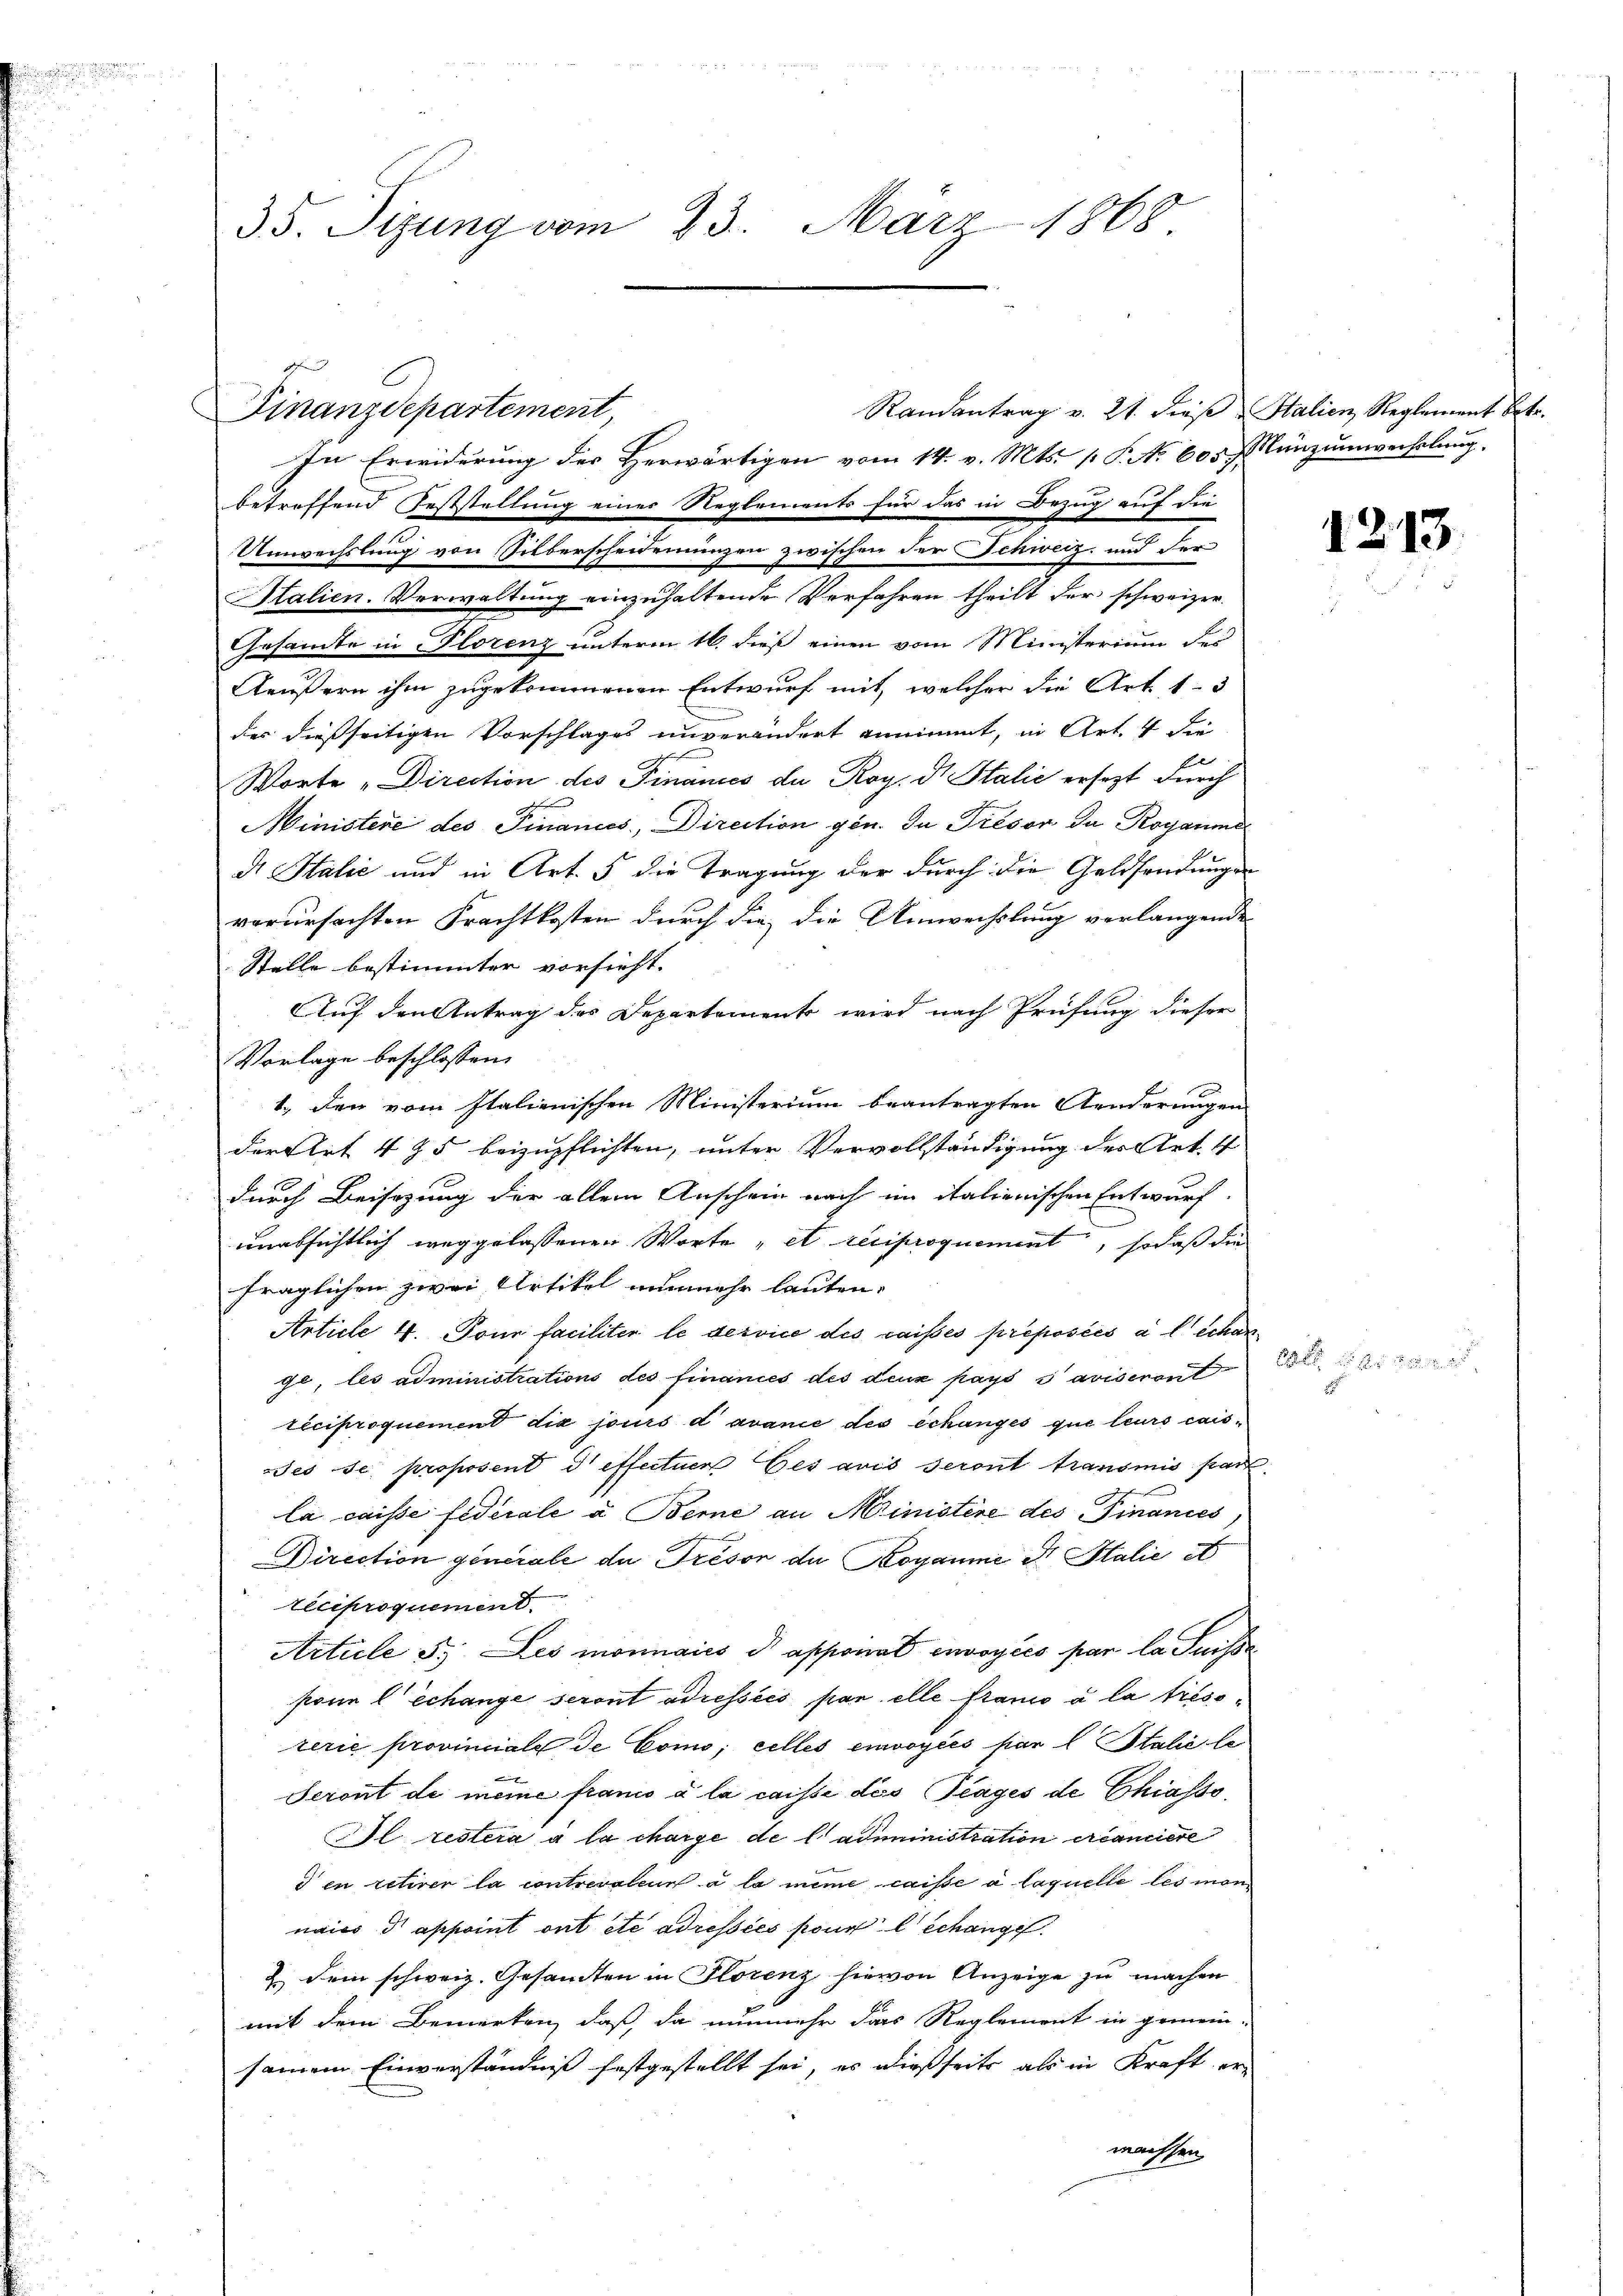
.

35. Sizung vom 23. März 1868

Finanzdepartement,

Randantrag v. 21. dieß Stalien, Reglement betr.
In Erwiderung des Herwärtigen vom 14. v. Mts. 1 P. No. 605. Münzumwechslung
betreffend Feststellung einer Reglements für das in Bezug auf die
Umwechslung von Silberscheidenungen zwischen der Schweiz, und der
Stalien. Verwaltung einzuhaltende Verfahren theilt der schweizer
Gesamte in Florenz unterm 16. dieß einen vom Ministerium des
Aeußern ihm zugekommenen Entwurf mit, welcher die Art. 13
des dießseitigen Vorschlages unverändert annimmt, in Art. 4 die
Worte „Direction des Finances da Roy. Dr. Stalić ersezt durch
Ministere des Finances, Direction gen. In Trésor da Royaums
d. Halić und in Art. 5 die Tragung der durch die Geldsendungen
verursachten Frachtkosten durch die die Umwechslung verlangende
Stelle bestimmter vorsieht.
Auf den Antrag des Departement wird nach Prüfung dieser
Vorlage beschlossen:
1. den vom Italienischen Ministerium beantragten Aenderungen
derseit 475 beizupflichten, unter Vervollständigung der Art. 4
durch Beisazung der allem Anschein nach im italienischen Entwurf.
unabsichtlich weggelassenen Worte „et reciproquement, sodaß die
fraglichen zwei Artikel nunmehr lauten,
Article 4. Tour faciliter le service des caissés préposées à l Schange, les administrations des Finances des deux pays s aviseront
réciproquement dix jours d avance des échangés que leurs caises se proposent d effectuer Ces avis seront transmis par
la caisse federale à Berne an Ministere des Finances
Direction generale du Trésor de Royaume der Stalie e
teciproquement.
Article s. Les monnaics d apponat envoyées par la Suissa
pone lechange seront adressées par elle franco à la trissterie provinciale de Como; cellés envoyées par l. Stalić le
Seront de meine france à la caisse dés lages de Chiasto¬
Bl. restera à la charge de l. administration créanciere
d in retirer la contrevaleur à la meine caisse à laquelle les man
naies dr appoint ont etc adressées pour lechange
 Dein schweiz. Gesandten in Florenz hievon Anzeige zu machen
mit dem Bemerken, daß, da nunmehr das Reglement in gemein-
samem Einverständniß festgestellt sei, es dießseits als in Kraft er-
wachsen

x

1213.